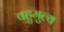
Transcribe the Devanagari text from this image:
वहुमुल्य